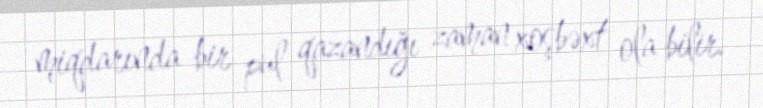
miqdarında bir pul qazandığı zaman xoşbəxt ola bilir.